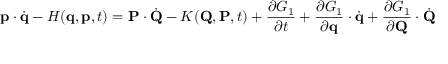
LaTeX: \mathbf { p } \cdot { \dot { \mathbf { q } } } - H ( \mathbf { q } , \mathbf { p } , t ) = \mathbf { P } \cdot { \dot { \mathbf { Q } } } - K ( \mathbf { Q } , \mathbf { P } , t ) + { \frac { \partial G _ { 1 } } { \partial t } } + { \frac { \partial G _ { 1 } } { \partial \mathbf { q } } } \cdot { \dot { \mathbf { q } } } + { \frac { \partial G _ { 1 } } { \partial \mathbf { Q } } } \cdot { \dot { \mathbf { Q } } }